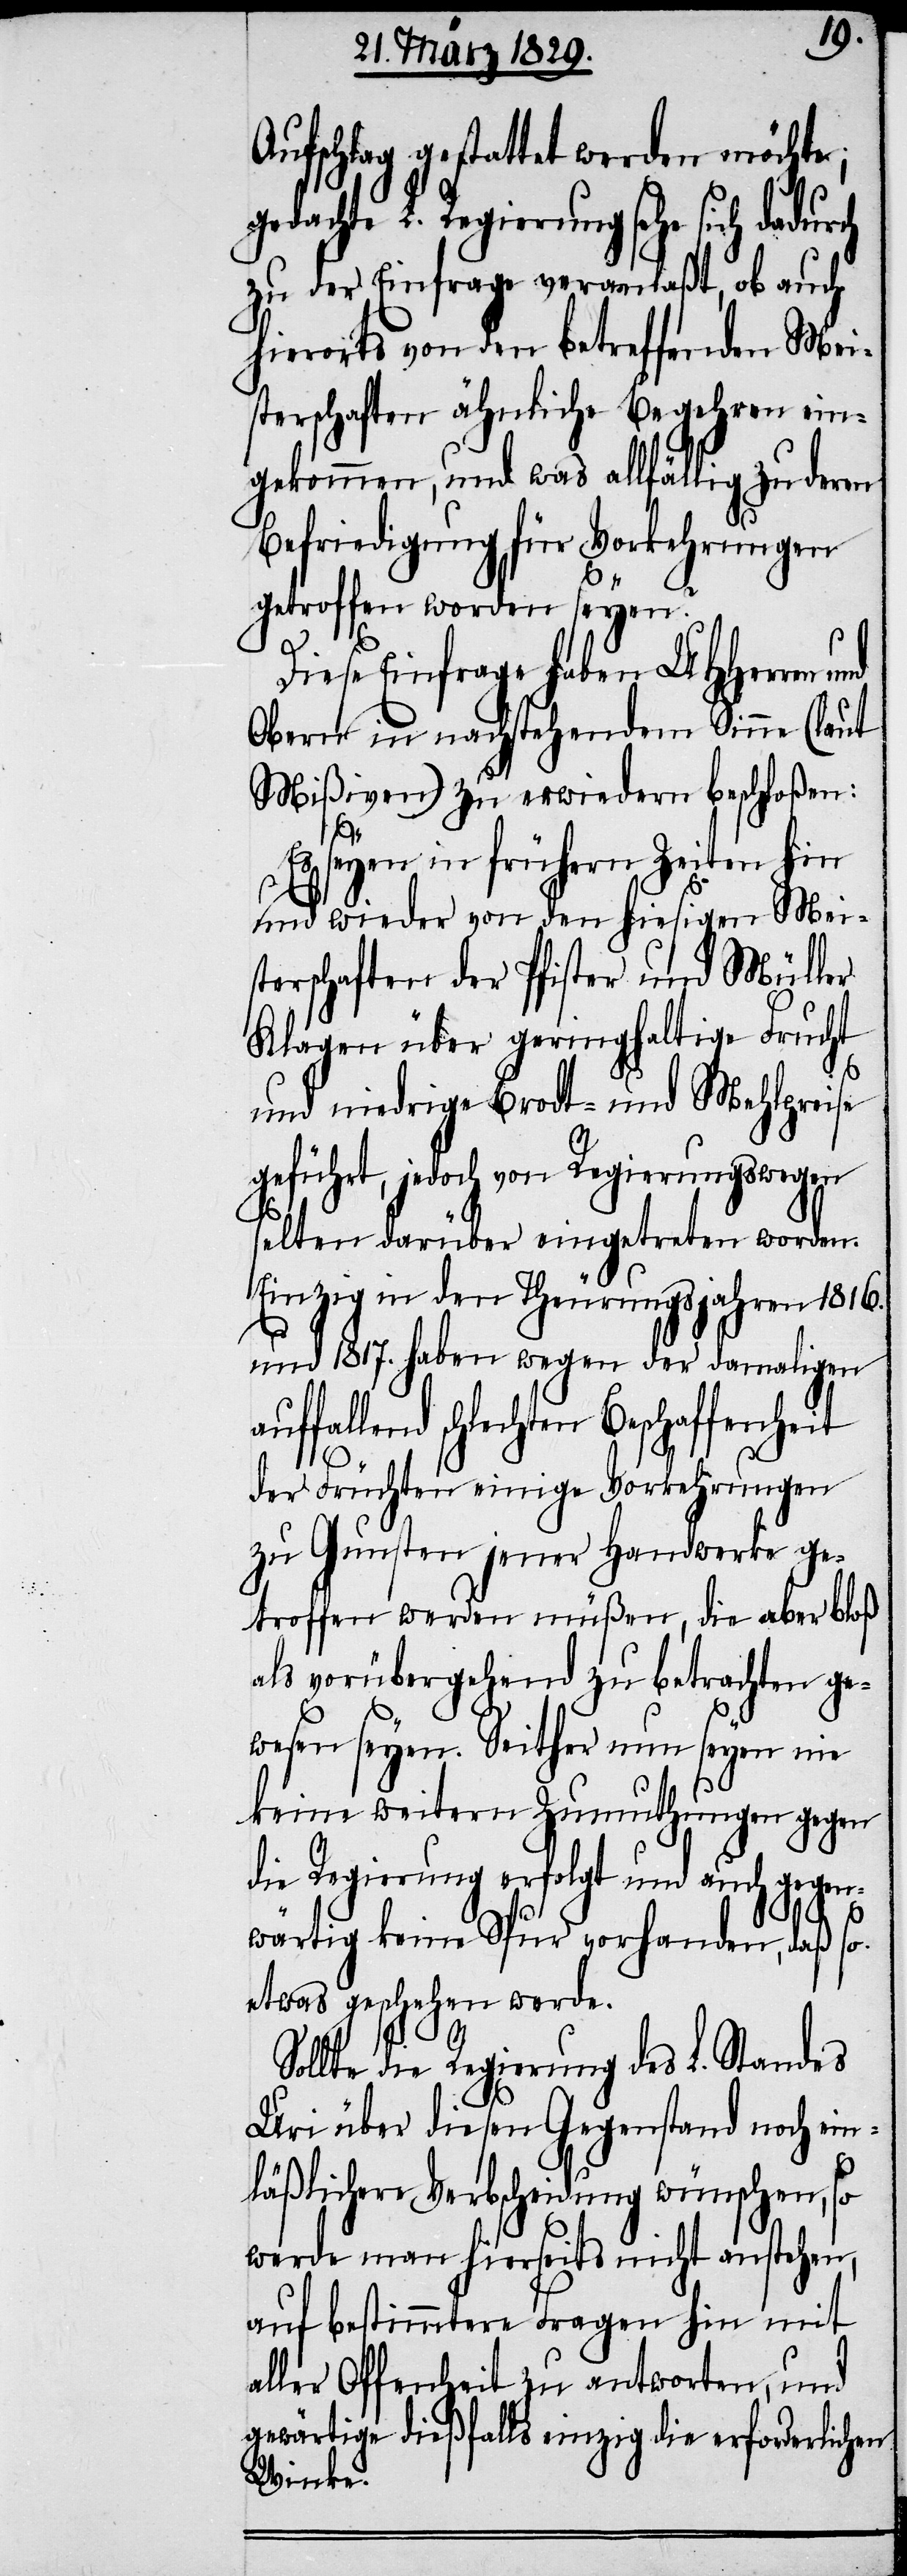
Aufschlag gestattet werden möchte;
gedachte L. Regierung sehe sich dadurch
zu der Einfrage veranlaßt, ob auch
hierorts von den betreffenden Mei¬
sterschaften ähnliche Begehren ein¬
gekommen, und was allfällig zu deren
Befriedigung für Vorkehrungen
getroffen worden seyen?
Diese Einfrage haben UHHerren und
Obern in nachstehendem Sinne (laut
Mißiven) zu erwiedern beschloßen:
Es seyen in frühern Zeiten hin
und wieder von den hiesigen Mei¬
sterschaften der Pfister und Müller
Klagen über geringhaltige Frucht
und niedrige Brodt- und Mehlpreise
geführt, jedoch von Regierungswegen
selten darüber eingetreten worden.
Einzig in den Theurungsjahren 1816.
und 1817. haben wegen der damaligen
schlechten Beschaffenheit
der Früchten einige Vorkehrungen
zu Gunsten jener Handwerke ge¬
troffen werden müßen, die aber bloß
als vorübergehend zu betrachten ge¬
wesen seyen. Seither nun seyen nie
keine weitern Zumuthungen gegen
die Regierung erfolgt und auch gegen¬
wärtig keine Spur vorhanden, daß so
etwas geschehen werde.
Sollte die Regierung des L. Standes
Uri über diesen Gegenstand noch ein¬
läßlichere Verbscheidung wünschen, so
werde man hierseits nicht anstehen,
auf bestimmtere Fragen hin mit
aller Offenheit zu antworten, und
gewärtige dießfalls einzig die erforderlichen
Winke.